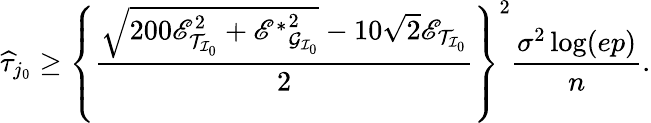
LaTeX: \widehat{\tau}_{j_{0}}\geq\left\{ \frac{\sqrt{200\mathscr{E}_{\mathcal{T}_{\mathcal{I}_{0}}}^{2}+{\mathscr{E}^{*}}_{\mathcal{G}_{\mathcal{I}_{0}}}^{2}}-10\sqrt{2}\mathscr{E}_{\mathcal{T}_{\mathcal{I}_{0}}}}{2}\right\} ^{2}\frac{\sigma^{2}\log(ep)}{n}.